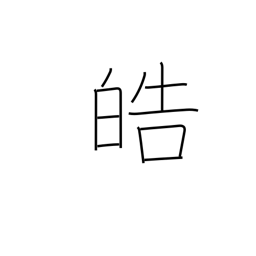
Meaning: white